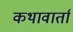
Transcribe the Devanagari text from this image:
कथावार्ता